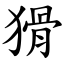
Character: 猾